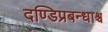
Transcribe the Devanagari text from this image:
दण्डिप्रबन्धाश्च